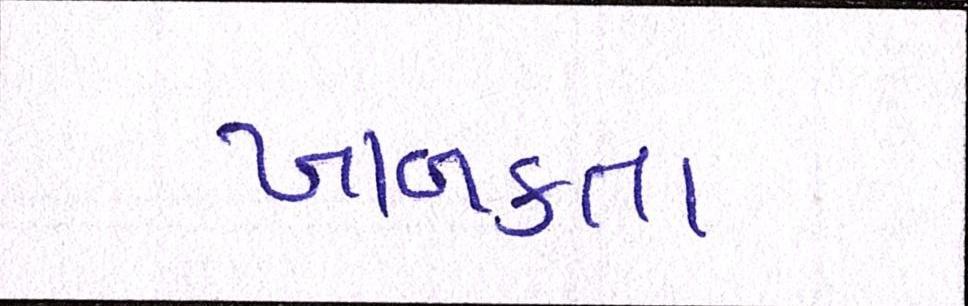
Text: ખાબકતા